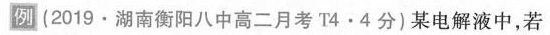
例 (2019.湖南衡阳八中高二月考T4·4分)某电解液中，若